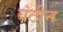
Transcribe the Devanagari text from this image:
बंटीन